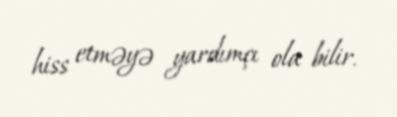
hiss etməyə yardımçı ola bilir.